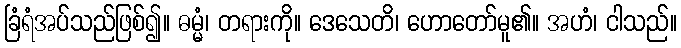
ခြံရံအပ်သည်ဖြစ်၍။ ဓမ္မံ၊ တရားကို။ ဒေသေတိ၊ ဟောတော်မူ၏။ အဟံ၊ ငါသည်။